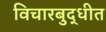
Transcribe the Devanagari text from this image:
विचारबुद्धीत